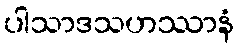
ပါသာဒသဟဿာနံ